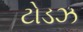
ટોડઝ